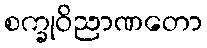
စက္ခုဝိညာဏတော